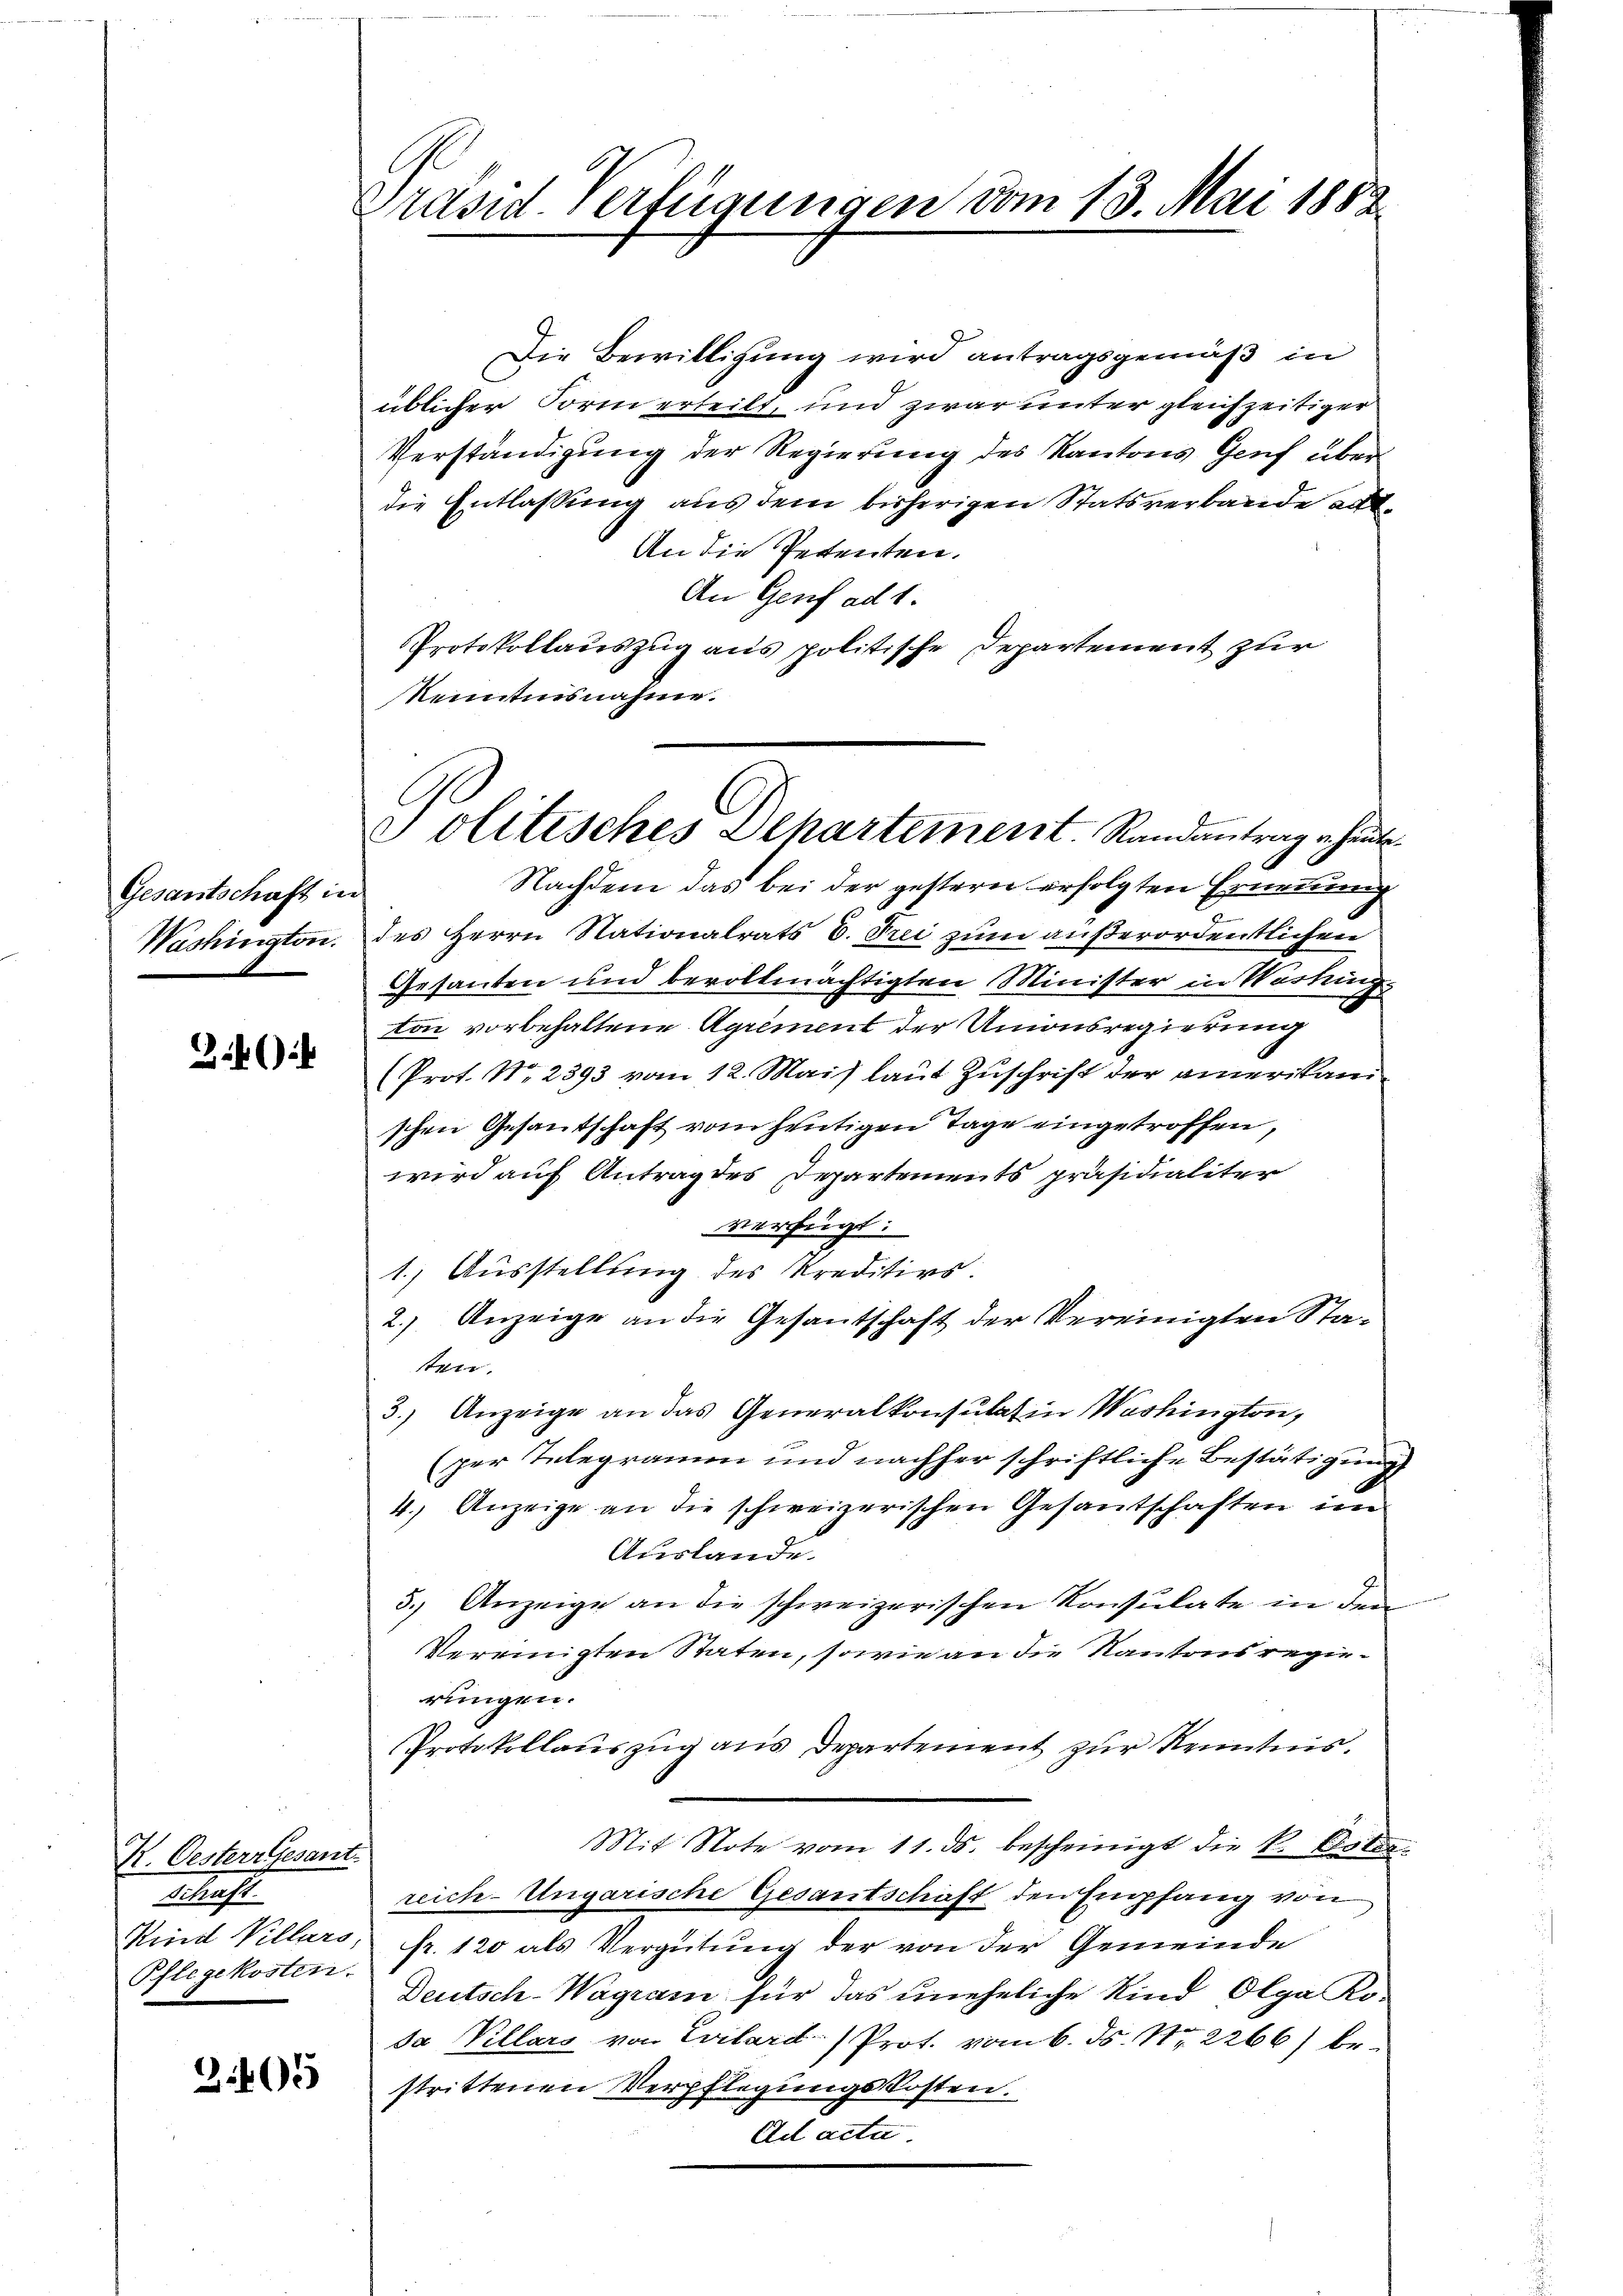
Gesantschaft in
Washington.

1

K. Oesterr Gesant.
Mast
Pflegekosten.

3405

Präsid Verfügungen vom 13. Mai 1882.

Die Bewilligung wird antragsgemäß in
üblicher Form erteilt, und zwar unter gleichzeitiger
Verständigung der Regierung des Kantons Genf überdie Entlassung aus dem bisherigen Statsverbande alt¬
An die Petenten.
An Genf ad 1.
Protokollauszug aus politische Departement zur
Renntnisnahme.

Politisches Separtement. Randantrag u. heute¬

Nachdem das bei der gestern erfolgten Ernennung
des Herrn Nationalrats 6. Frei zum außerordentlichen
Gesanten und bevollmächtigten Minister in Werking
ton vorbehaltene Agrément der Unionsregierung
(Prot. No. 2393 vom 12. Mais laut Zuschrift der amerikanischen Gesandschaft vom heutigen Tage eingetroffen,
wird auf Antrag des Departements präsidialiter
verfügt:
1.) Ausstellung des Kreditirs.
2.) Anzeige an die Gesantschaft der Vereinigten Stasten.
3.) Anzeige an das Generalkonsulatin Washington,
(per Telegramm und nachher schriftliche Bestätigung
4.) Anzeige an die schweizerischen Gesantschaften im
Auslande.
3.) Anzeige an die schweizerischen Konsulate in dem
Vereinigten Staten, sowie an die Kantonsregierungen.
Protokollauszug aus Departement zur Kenntnis.
Mit Note vom 11. ds. bescheinigt die k. Oster
reich-Ungarische Gesantschäft den Empfang von
Kind Villars, fr. 120 als Vergütung der von der Gemeinde
Deutsch-Wagram für das uneheliche Kind Olga Ko-
da Villars von Evilard) Prot. vom 6. ds. Nr. 2266) bestrittenen Verpflegungskosten.
Ad acta.